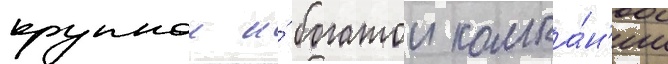
крупнои и́ богатои компа́н'ии